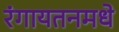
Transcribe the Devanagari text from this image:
रंगायतनमधे